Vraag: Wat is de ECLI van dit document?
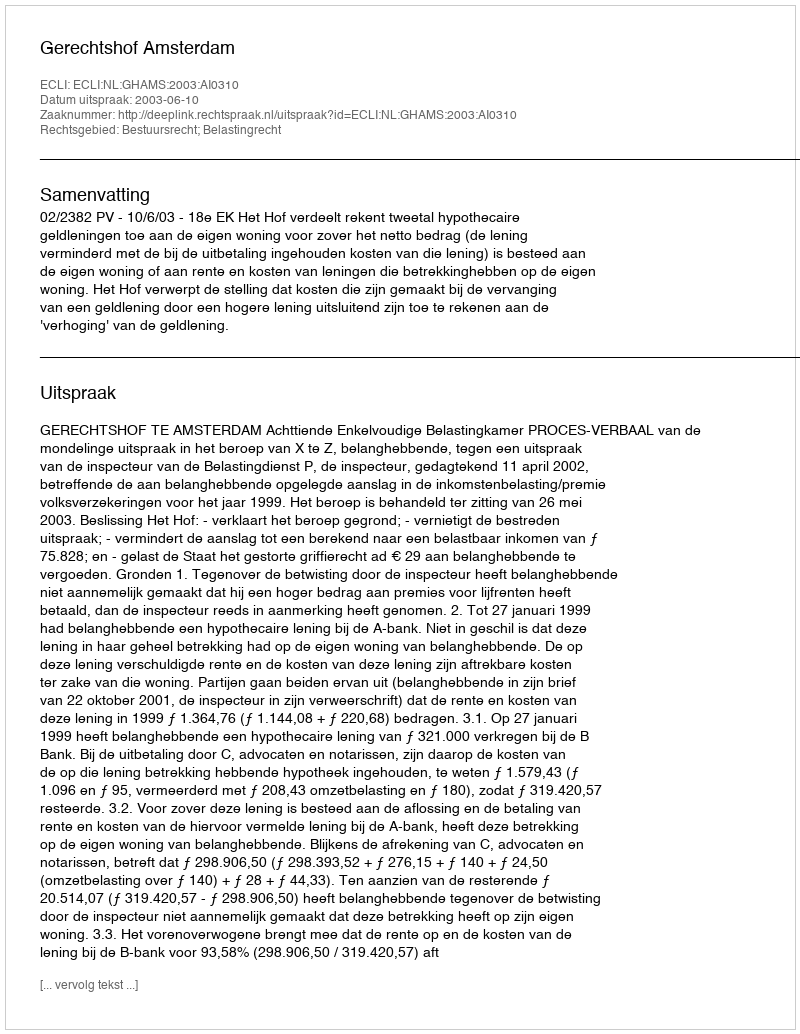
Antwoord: ECLI:NL:GHAMS:2003:AI0310